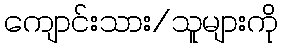
ကျောင်းသား/သူများကို